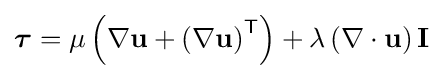
{\boldsymbol {\tau }}=\mu \left(\nabla \mathbf {u} +\left(\nabla \mathbf {u} \right)^{\mathsf {T}}\right)+\lambda \left(\nabla \cdot \mathbf {u} \right)\mathbf {I}